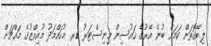
ލިބޭގޮތަށް ކަމަށް ބުނެ އޭރުގެ ހައުސިން މިނިސްޓަރު ޑރ. މުހައްމަދު މުއިއްޒުގެ މައްޗަށް